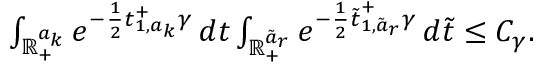
\begin{array} { r } { \int _ { \mathbb { R } _ { + } ^ { a _ { k } } } e ^ { - \frac { 1 } { 2 } \boldsymbol { t } _ { 1 , a _ { k } } ^ { + } \gamma } \, d \boldsymbol { t } \int _ { \mathbb { R } _ { + } ^ { \tilde { a } _ { r } } } e ^ { - \frac { 1 } { 2 } \boldsymbol { \tilde { t } } _ { 1 , \tilde { a } _ { r } } ^ { + } \gamma } \, d \boldsymbol { \tilde { t } } \leq C _ { \gamma } . } \end{array}